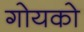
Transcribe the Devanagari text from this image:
गोयको